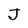
Character: J